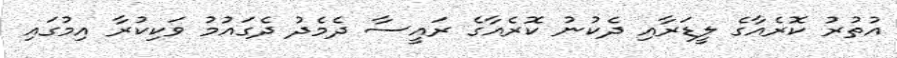
އުތުރު ކޮރެއާގެ ލީޑަރާއި ދެކުނު ކޮރެއާގެ ރައީސާ ދެމެދު ދެގައުމު ވަކިކުރާ އިމުގައި